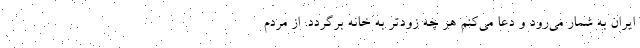
ایران به شمار می‌رود و دعا می‌کنم هر چه زودتر به خانه برگردد. از مردم